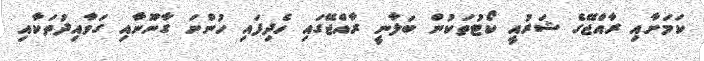
ކަމަށާއި ރާއްޖޭގެ ޝަރުއީ ކޯޓުތަކުން ބަލާނީ ރާއްޖޭގައި ހެދިފައި ހުންނަ ގާނޫނާއި ގަވާއިދުތަކާއި